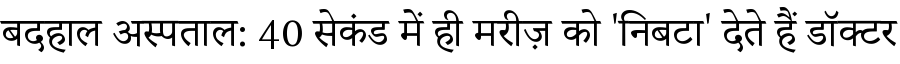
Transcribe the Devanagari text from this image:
बदहाल अस्पताल: 40 सेकंड में ही मरीज़ को 'निबटा' देते हैं डॉक्टर